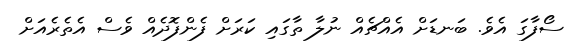
ސޯފާގަ އެވެ. ބަނޑަށް އެއްޗެއް ނުލާ ތާގައި ކަރަށް ފެންފޮދެއް ވެސް އެތެރެއަށް